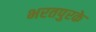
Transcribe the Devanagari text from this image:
भरतपुरके